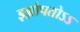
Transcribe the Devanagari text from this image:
झ्झोपतोऽऽ